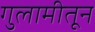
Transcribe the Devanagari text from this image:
गुलामीतून